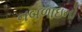
નબળાઇનો